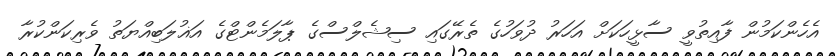
އެހެންކަމުން ފާއިތުވީ ސާޅީހަކަށް އަހަރު ދުވަހުގެ ތެރޭގައި ސިޝެލްސްގެ ޕާލަމެންޓްގެ އަޣުލަބިއްޔަތު ވެރިކަންކުރާ